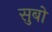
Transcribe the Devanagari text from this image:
सुबो